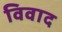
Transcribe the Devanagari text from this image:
विवाद